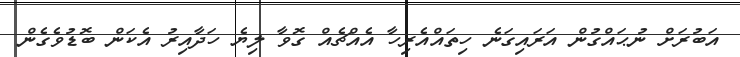
އަބުރަށް ނުޙައްގުން އަރައިގަނެ ހިތައްއެރިހާ އެއްޗެއް ގޮވާ ލިޔެ ހަދާއިރު އެކަން ބޮޑުވެގެން